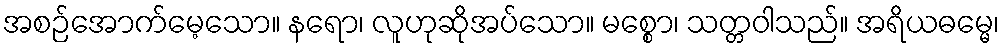
အစဉ်အောက်မေ့သော။ နရော၊ လူဟုဆိုအပ်သော။ မစ္စော၊ သတ္တဝါသည်။ အရိယဓမ္မေ၊